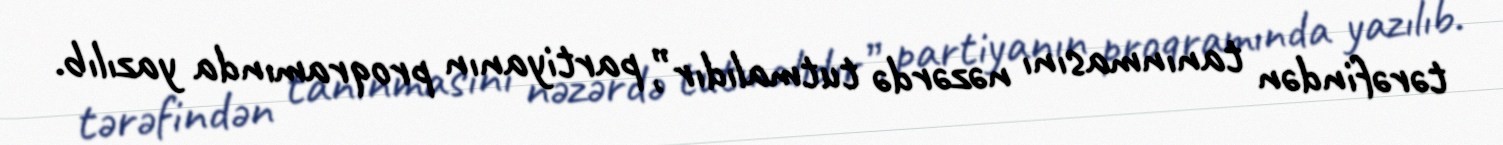
tərəfindən tanınmasını nəzərdə tutmalıdır”, partiyanın proqramında yazılıb.